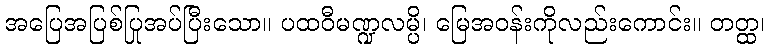
အပြေအပြစ်ပြုအပ်ပြီးသော။ ပထဝီမဏ္ဍလမ္ပိ၊ မြေအဝန်းကိုလည်းကောင်း။ တတ္ထ၊